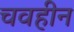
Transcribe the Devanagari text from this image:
चवहीन